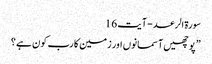
سورة الرعد - آیت 16
” پوچھیں آسمانوں اور زمین کا رب کون ہے ؟